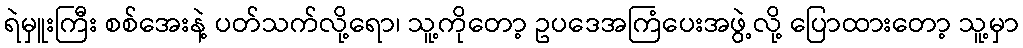
ရဲမှူးကြီး စစ်အေးနဲ့ ပတ်သက်လို့ရော၊ သူ့ကိုတော့ ဥပဒေအကြံပေးအဖွဲ့လို့ ပြောထားတော့ သူ့မှာ